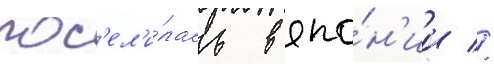
пос'ел'и́лась в япо́н'ии //